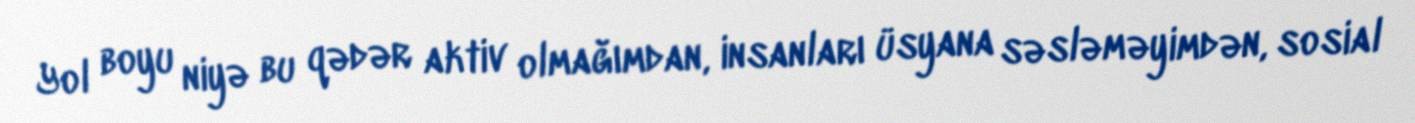
Yol boyu niyə bu qədər aktiv olmağımdan, insanları üsyana səsləməyimdən, sosial